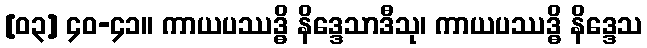
[၀၃] ၄၀-၄၁။ ကာယပဿဒ္ဓိ နိဒ္ဒေသာဒီသု၊ ကာယပဿဒ္ဓိ နိဒ္ဒေသ